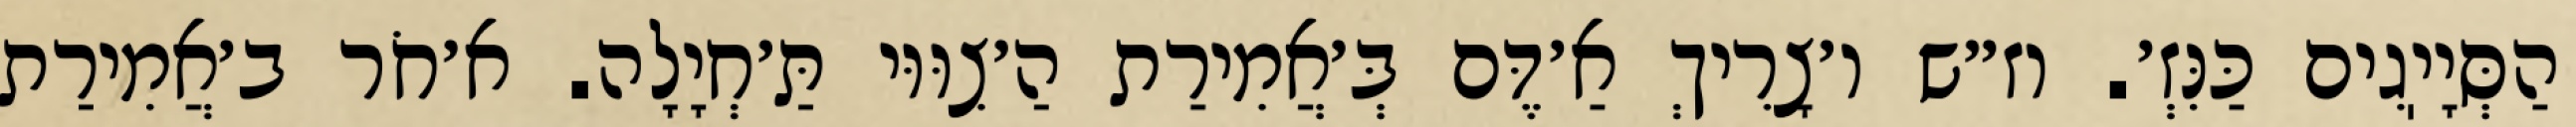
הַסְּיָיֽגִים כַּנִּזְ׳. וז״ש ו׳צָרִיךְ אַ׳דֶּם בְּ׳אֲמִירַת הַ׳צִוּוּי תַּ׳חְיָלָה. א׳חֹר ב׳אֲמִירַת